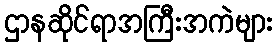
ဌာနဆိုင်ရာအကြီးအကဲများ